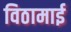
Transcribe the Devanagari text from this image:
विठामाई